Lunatic asylums in Bengal annual reports 1888-1898 - 1888-1898
Year: 1888
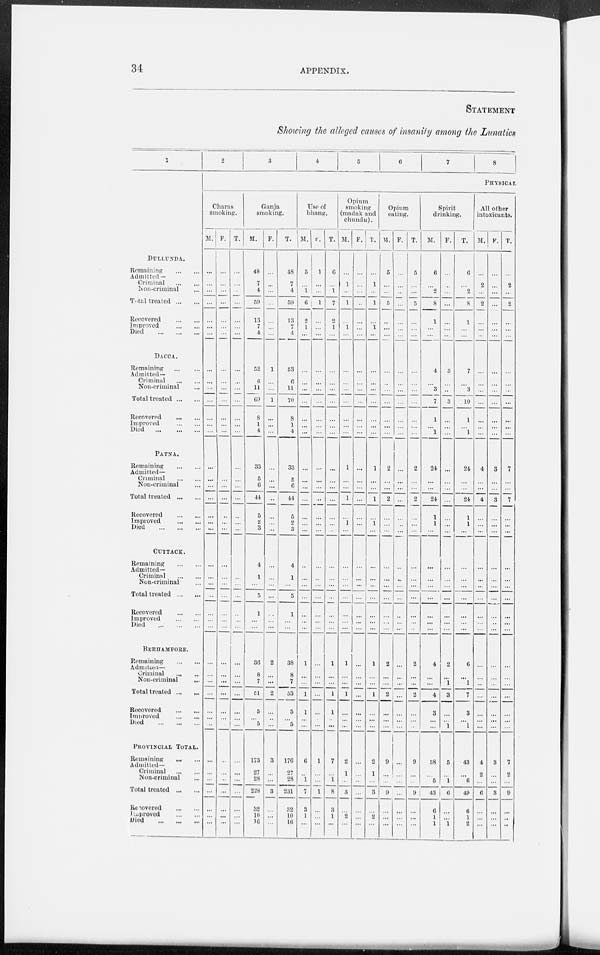
34
APPENDIX.
STATEMENT
Showing the alleged causes of insanity among the Lunatics
1
DULLUNDA.
Remaining
...
...
Admitted —
Criminal
...
...
Non-criminal ...
Tota1 treated ... ...
Recovered
...
...
Improved
...
...
Died
...
...
...
DACCA.
Remaining
...
...
Admitted—
Criminal
...
...
Non-criminal ...
Total treated ... ...
Recovered
...
...
Improved
...
...
Died
...
...
...
PATNA.
Remaining
...
...
Admitted—
Criminal
...
...
Non-criminal ...
Total treated
...
...
Recovered
...
...
Improved
...
...
Died
...
...
...
CUTTACK.
Remaining
...
...
Admitted—
Criminal
...
...
Non-criminal ...
Total treated ... ...
Recovered
...
...
Improved
...
...
Died
...
...
...
BERHAMPORE.
Remaining
...
...
Admitted—
Criminal
...
...
Non-criminal ...
Total treated ... ...
Recovered
...
...
Improved
...
...
Died
...
...
...
PROVINCIAL TOTAL.
Remaining
...
...
Admitted—
Criminal
...
...
Non-criminal ...
Total treated
...
...
Recovered
...
...
Improved
...
...
Died
...
...
...
2
3
4
5
6
7
8
PHYSICAL
Charas
smoking.
M.
...
...
...
...
...
...
...
...
...
...
...
...
...
...
...
...
...
...
...
...
...
...
...
...
...
...
...
...
...
...
...
...
...
...
...
...
...
...
...
...
...
...
F.
...
...
...
...
...
...
...
...
...
...
...
...
...
...
...
...
...
...
...
...
...
...
...
...
...
...
...
...
...
...
...
...
...
...
...
...
...
...
...
...
...
...
T.
...
...
...
...
...
...
...
...
...
...
...
...
...
...
...
...
...
...
...
...
...
...
...
...
...
...
...
...
...
...
...
...
...
...
...
...
...
...
...
...
...
...
Ganja
smoking.
M.
48
7
4
59
13
7
4
52
6
11
69
8
1
4
33
5
6
44
5
2
3
4
1
...
5
1
...
...
36
8
7
51
5
...
5
173
27
28
228
12
10
16
F.
...
...
...
...
...
...
...
1
...
...
1
...
...
...
...
...
...
...
...
...
...
...
...
...
...
...
...
...
2
...
...
2
...
...
...
3
...
...
3
...
...
...
T.
48
7
4
59
13
7
4
53
6
11
70
8
1
4
33
5
6
44
5
2
3
4
1
...
5
1
...
...
38
8
7
53
5
...
5
176
27
28
231
32
10
16
Use of
bhang.
M.
5
...
1
6
2
1
...
...
...
...
...
...
...
...
...
...
...
...
...
...
...
...
...
...
...
...
...
...
1
...
...
1
1
...
...
6
...
1
7
3
1
...
F.
1
...
...
1
...
...
...
...
...
...
...
...
...
...
...
...
...
...
...
...
...
...
...
...
...
...
...
...
...
...
...
...
...
...
...
1
...
...
1
...
...
...
T.
6
...
1
7
2
1
...
...
...
...
...
...
...
...
...
...
...
...
...
...
...
...
...
...
...
...
...
...
1
...
...
1
1
...
...
7
...
1
8
3
1
...
Opium
smoking
(madak and
chundu).
M.
...
1
...
1
...
1
...
...
...
...
...
...
...
...
1
...
...
1
...
1
...
...
...
...
...
...
...
...
1
...
...
1
...
...
...
2
1
...
3
...
2
...
F.
...
...
...
...
...
...
...
...
...
...
...
...
...
...
...
...
...
...
...
...
...
...
...
...
...
...
...
...
...
...
...
...
...
...
...
...
...
...
...
...
...
...
T.
...
1
...
1
...
1
...
...
...
...
...
...
...
...
1
...
...
1
...
1
...
...
...
...
...
...
...
...
1
...
...
1
...
...
...
2
1
...
3
...
2
...
Opium
eating.
M.
5
...
...
5
...
...
...
...
...
...
...
...
...
...
2
...
...
2
...
...
...
...
...
...
...
...
...
...
2
...
...
2
...
...
...
9
...
...
9
...
...
...
F.
...
...
...
...
...
...
...
...
...
...
...
...
...
...
...
...
...
...
...
...
...
...
...
...
...
...
...
...
...
...
...
...
...
...
...
...
...
...
...
...
...
...
T.
5
...
...
5
...
...
...
...
...
...
...
...
...
...
2
...
...
2
...
...
...
...
...
...
...
...
...
...
2
...
...
...
...
...
...
9
...
...
9
...
...
...
Spirit
drinking.
M.
6
...
2
8
1
...
...
4
...
3
7
1
1
24
...
...
24
1
1
...
...
...
...
...
...
...
...
4
...
...
4
3
...
...
38
...
5
43
6
1
1
F.
...
...
...
...
...
...
...
3
...
...
3
...
...
...
...
...
...
...
...
...
...
...
...
...
...
...
...
...
2
...
1
3
...
...
1
5
...
1
6
...
...
1
T.
6
...
2
8
1
...
...
7
...
3
10
1
...
1
24
...
...
24
1
1
...
...
...
...
...
...
...
...
6
...
1
7
3
...
1
43
...
6
49
6
1
2
All other
intoxicants.
M.
...
2
...
2
...
...
...
...
...
...
...
...
...
...
4
...
...
4
...
...
...
...
...
...
...
...
...
...
...
...
...
...
...
...
...
4
2
...
6
...
...
...
F.
...
...
...
...
...
...
...
...
...
...
...
...
...
...
3
...
...
3
...
...
...
...
...
...
...
...
...
...
...
...
...
...
...
...
...
3
...
...
3
...
...
...
T.
...
2
...
2
...
...
...
...
...
...
...
...
...
...
7
...
...
7
. . .
...
...
...
...
...
...
...
...
...
...
...
...
...
...
...
7
2
...
9
...
...
...